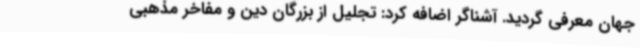
جهان معرفی گردید.‌ آشناگر اضافه کرد: تجلیل از بزرگان دین و مفاخر مذهبی